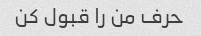
حرف من را قبول کن